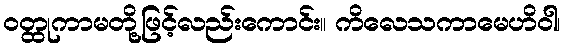
ဝတ္ထုကာမတို့ဖြင့်လည်းကောင်း။ ကိလေသကာမေဟိဝါ၊